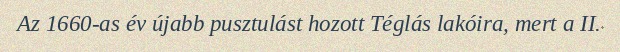
Az 1660-as év újabb pusztulást hozott Téglás lakóira, mert a II.